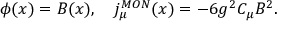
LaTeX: \phi ( x ) = B ( x ) , \quad j _ { \mu } ^ { M O N } ( x ) = - 6 g ^ { 2 } C _ { \mu } B ^ { 2 } .